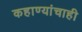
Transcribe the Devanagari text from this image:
कहाण्यांचाही